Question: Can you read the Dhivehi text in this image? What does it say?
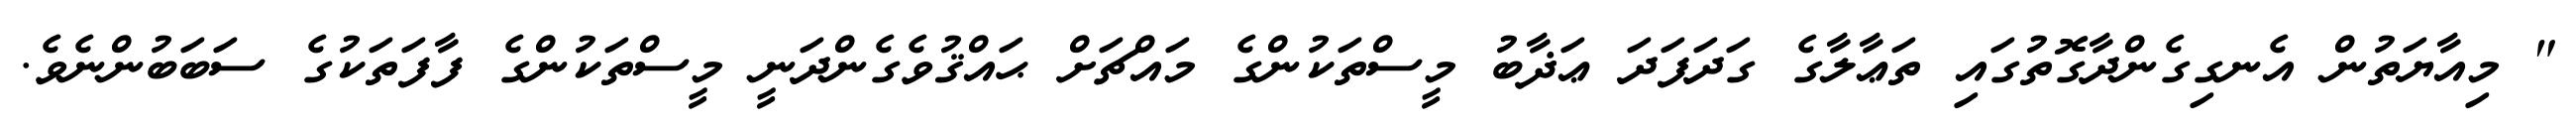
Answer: " މިއާޔަތުން އެނގިގެންދާގޮތުގައި ތަޢާލާގެ ގަދަފަދަ ޢަޛާބު މީސްތަކުންގެ މައްޗަށް ޙައްޤުވެގެންދަނީ މީސްތަކުންގެ ފާފަތަކުގެ ސަބަބުންނެވެ.